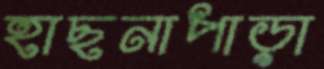
হাছনাপাড়া